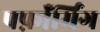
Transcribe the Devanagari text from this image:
पर्फ़ॉर्मिंग